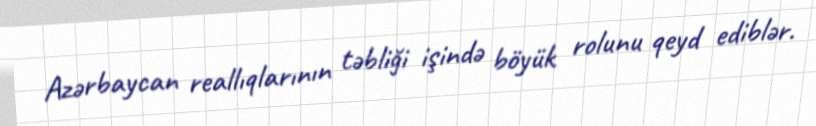
Azərbaycan reallıqlarının təbliği işində böyük rolunu qeyd ediblər.